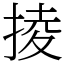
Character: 掕